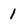
Character: 1